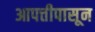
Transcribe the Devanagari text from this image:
आपत्तीपासून